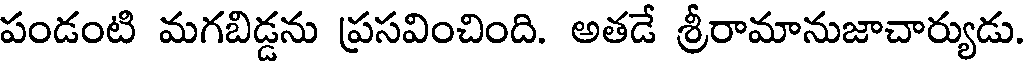
పండంటి మగబిడ్డను ప్రసవించింది. అతడే శ్రీరామానుజాచార్యుడు.